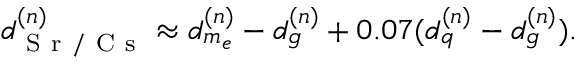
\begin{array} { r } { d _ { \mathrm { ~ S ~ r ~ / ~ C ~ s ~ } } ^ { ( n ) } \approx d _ { m _ { e } } ^ { ( n ) } - d _ { g } ^ { ( n ) } + 0 . 0 7 ( d _ { q } ^ { ( n ) } - d _ { g } ^ { ( n ) } ) . } \end{array}